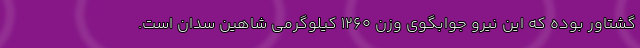
گشتاور بوده که این نیرو جوابگوی وزن 1260 کیلوگرمی شاهین سدان است.